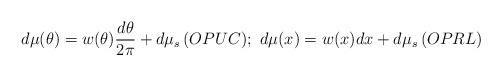
LaTeX: \begin{align*} d\mu(\theta) = w(\theta)\frac{d\theta}{2\pi}+d\mu_s \, (OPUC); \ d\mu(x) = w(x) dx +d\mu_s \, (OPRL)\end{align*}